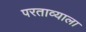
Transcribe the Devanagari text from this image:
परताव्याला